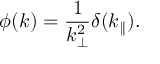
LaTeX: \phi ( k ) = \frac { 1 } { k _ { \bot } ^ { 2 } } \delta ( k _ { \parallel } ) .